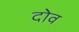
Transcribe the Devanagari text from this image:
दोव